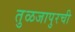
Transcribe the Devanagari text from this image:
तुळजापुरची